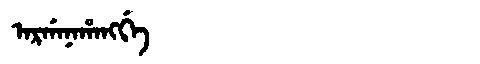
Manchu: ᠠᡵᡤᠠᠨᠠᡥᠠᠩᡤᡝ
Romanization: ARGANAHANGGE